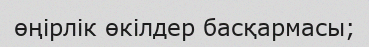
өңірлік өкілдер басқармасы;